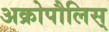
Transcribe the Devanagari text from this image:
अक्रोपौलिस्‌